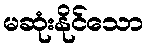
မဆုံးနိုင်သော